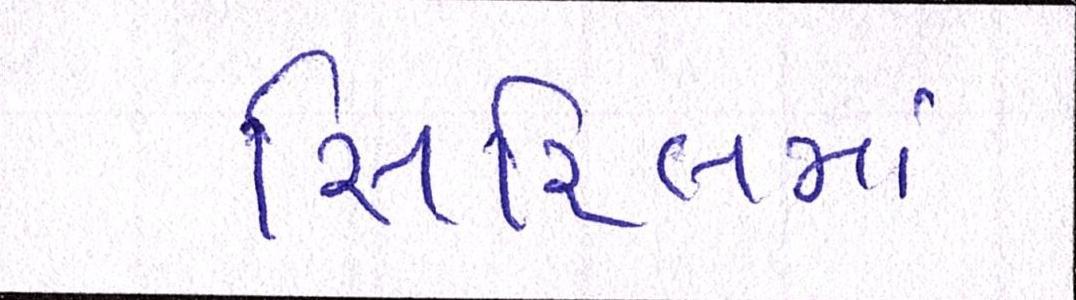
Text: સિરિયલમાં